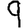
Digit: 9